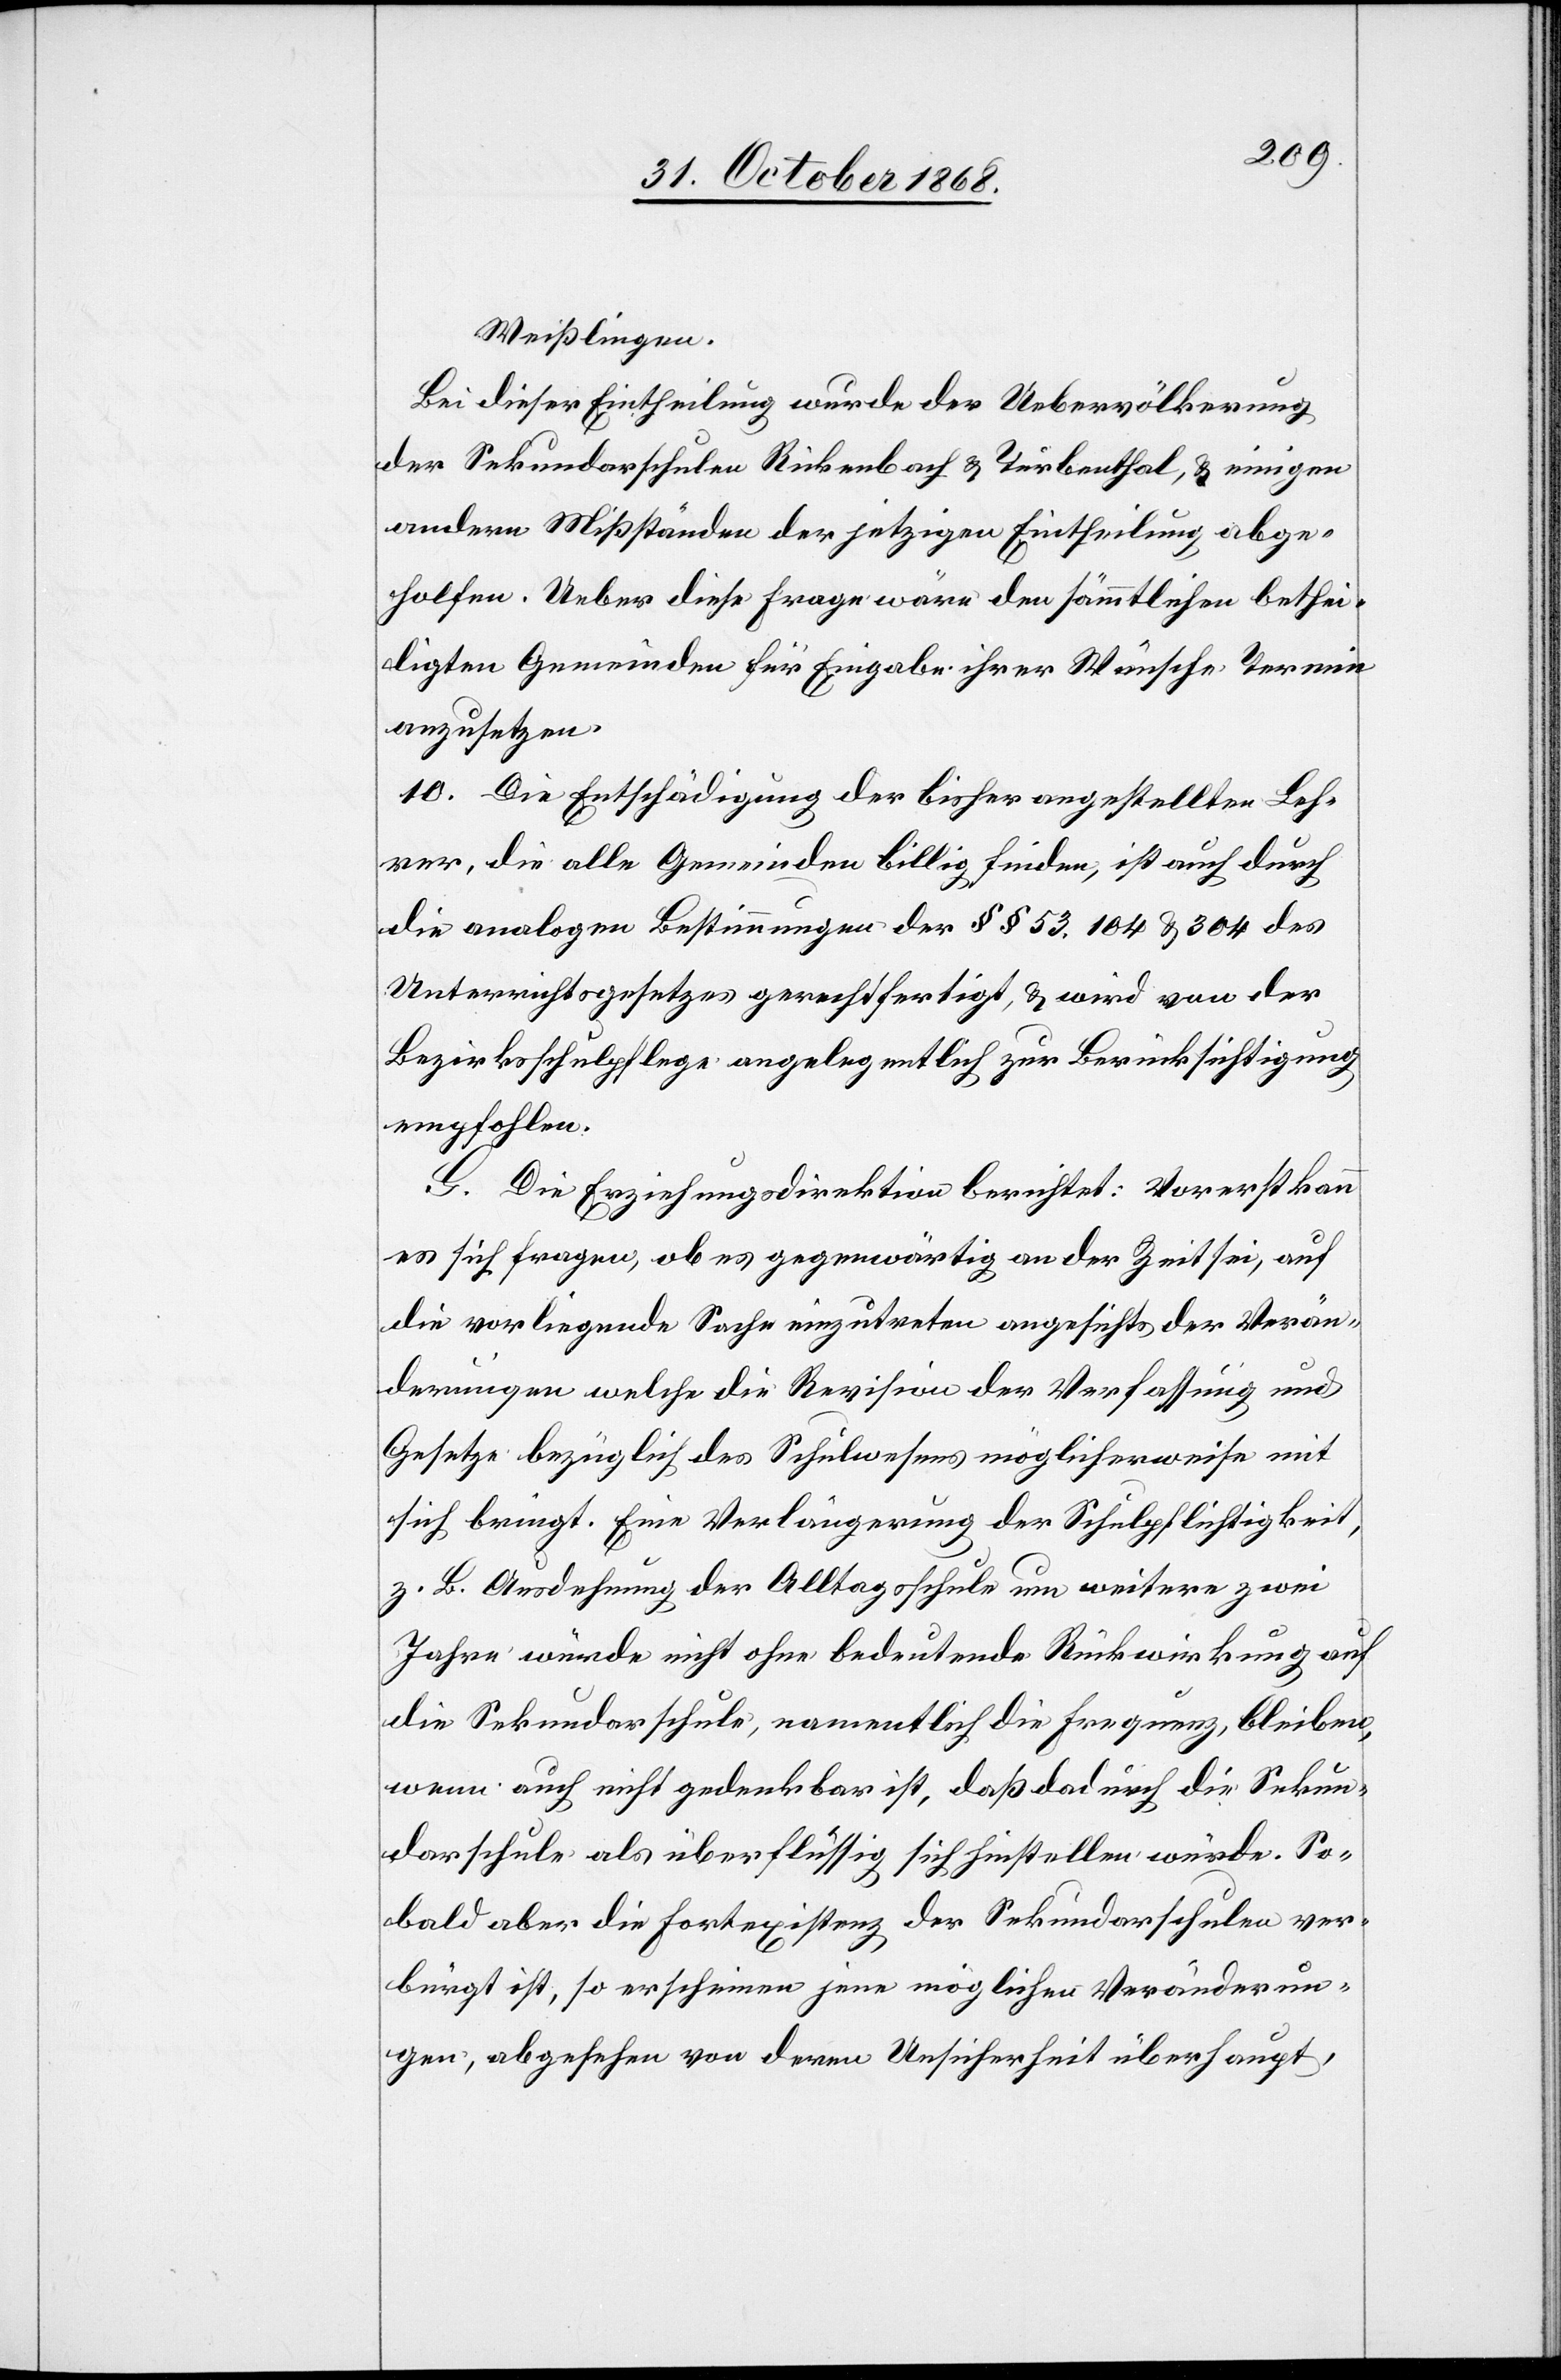
Weißlingen.
Bei dieser Eintheilung wurde der Uebervölkerung
der Sekundarschulen Rickenbach & Turbenthal, & einigen
andern Mißständen der jetzigen Eintheilung abge¬
holfen. Ueber diese Frage wäre den sämmtlichen bethei¬
ligten Gemeinden für Eingabe ihrer Wünsche Termin
anzusetzen.
10. Die Entschädigung der bisher angestellten Leh¬
rer, die alle Gemeinden billig finden, ist auch durch
die analogen Bestimmungen der §§ 53, 104 & 304 des
Unterrichtsgesetzes gerechtfertigt, & wird von der
Bezirksschulpflege angelegentlich zur Berücksichtigung
empfohlen.
G.
Die Erziehungsdirektion berichtet: Vorerst kann
es sich fragen, ob es gegenwärtig an der Zeit sei, auf
die vorliegende Sache einzutreten angesichts der Verän¬
derungen welche die Revision der Verfassung und
Gesetze bezüglich des Schulwesens möglicherweise mit
sich bringt. Eine Verlängerung der Schulpflichtigkeit,
z. B. Ausdehnung der Alltagsschule um weitere zwei
Jahre würde nicht ohne bedeutende Rückwirkung auf
die Sekundarschule, namentlich die Frequenz, bleiben,
wenn auch nicht gedenkbar ist, daß dadurch die Sekun¬
darschule als überflüssig sich hinstellen würde. So¬
bald aber die Fortexistenz der Sekundarschulen ver¬
bürgt ist, so erscheinen jene möglichen Veränderun¬
gen, abgesehen von deren Unsicherheit überhaupt,